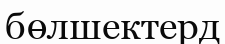
бөлшектерд